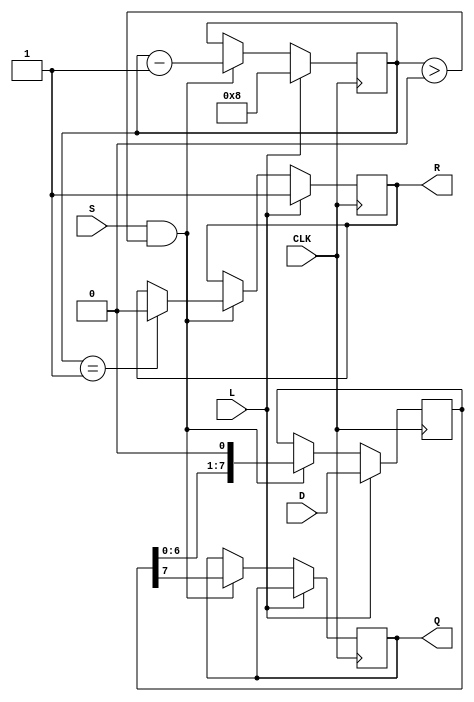
module PISO_Register #(
    parameter WIDTH = 8  // Width of the parallel data input
)(
    input wire [WIDTH-1:0] D,  // Parallel data inputs
    input wire L,               // Load signal
    input wire CLK,             // Clock signal
    input wire S,               // Shift signal
    output reg Q,               // Serial output
    output reg R                // Ready signal
);

    reg [WIDTH-1:0] shift_reg;  // Shift register to hold the data
    reg [3:0] count;             // Counter to track the number of bits shifted out

    // Initialize the shift register and counter
    initial begin
        shift_reg = 0;
        count = 0;
        Q = 0;
        R = 0;
    end

    // Process for loading data and shifting out
    always @(posedge CLK) begin
        if (L) begin
            // Load the data into the shift register
            shift_reg <= D;
            count <= WIDTH; // Set count to the width of the data
            R <= 1;         // Indicate that the register is ready to shift
        end else if (S && count > 0) begin
            // Shift out the most significant bit (MSB)
            Q <= shift_reg[WIDTH-1];
            // Shift the register to the right
            shift_reg <= {shift_reg[WIDTH-2:0], 1'b0}; // Shift left and fill with 0
            count <= count - 1; // Decrement the count
            if (count == 1) begin
                R <= 0; // Not ready after the last bit is shifted out
            end
        end
    end

endmodule